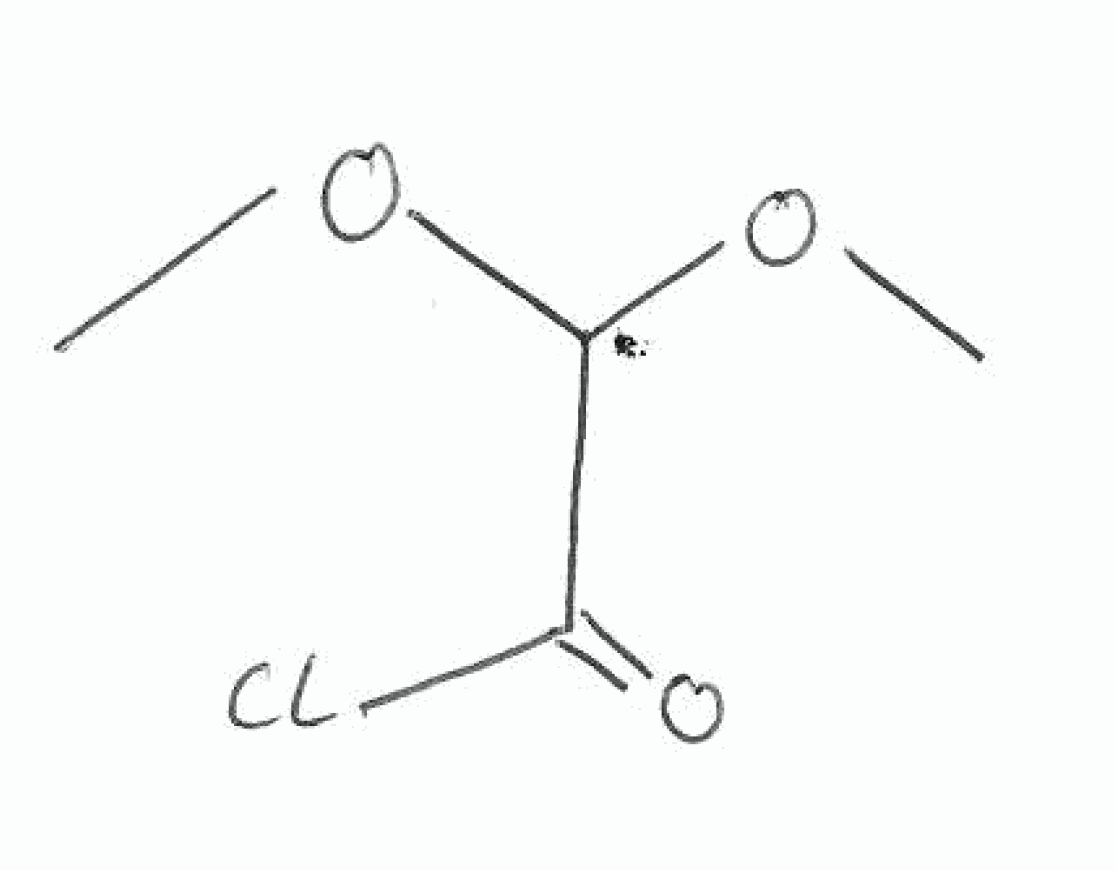
Simplified molecular-input line-entry system (SMILES) notation of the given molecule:
COC(C(=O)Cl)OC